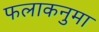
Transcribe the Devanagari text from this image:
फलाकनुमा